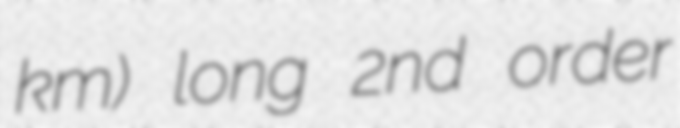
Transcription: km) long 2nd order